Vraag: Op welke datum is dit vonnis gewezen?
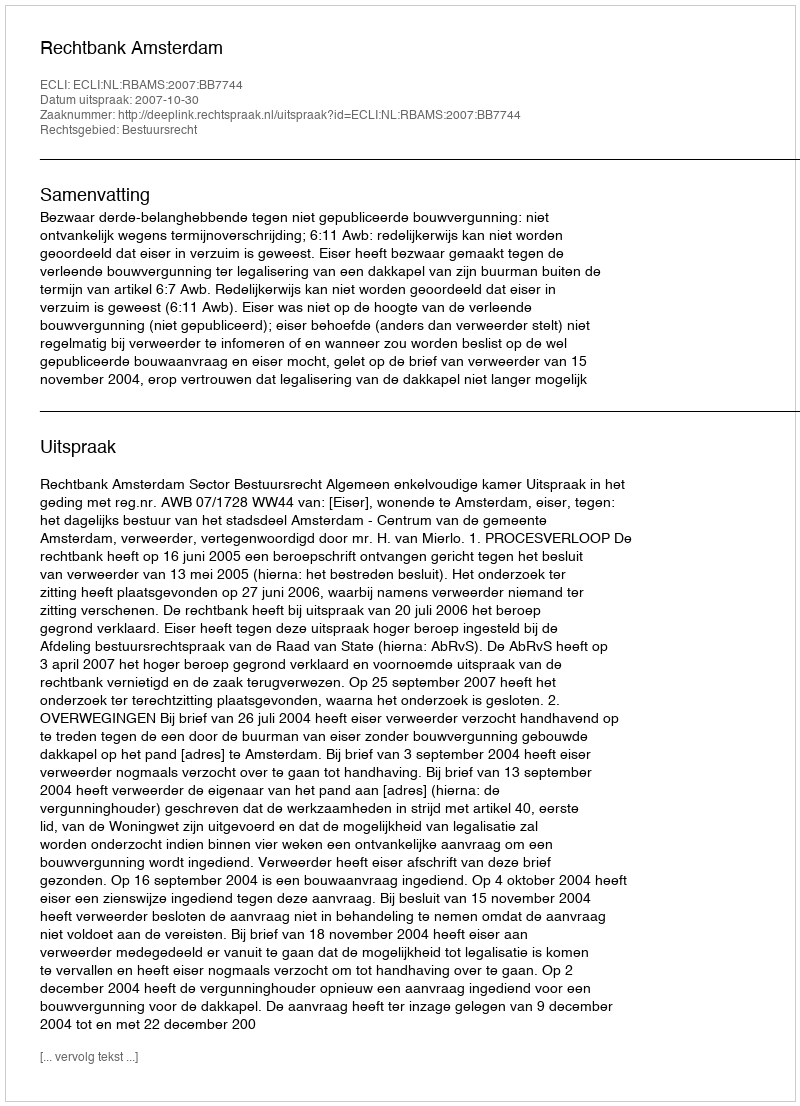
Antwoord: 2007-10-30